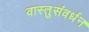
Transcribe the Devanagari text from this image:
वास्तुसंवर्धन